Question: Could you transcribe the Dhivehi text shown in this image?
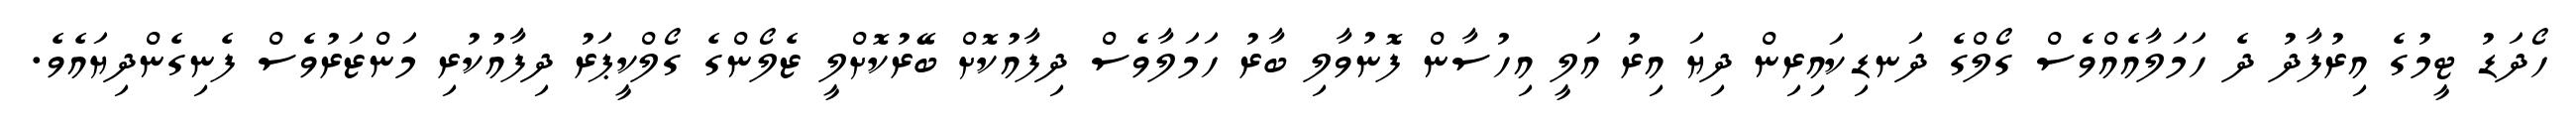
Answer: ހޯދަޑު ޓީމުގެ އިރުފާދު ދެ ހަމަލާއެއްވެސް ގޯލްގެ ދަނޑިކައިރިން ދިޔަ އިރު އަލީ އިހުސާން ފޮނުވާލި ބާރު ހަމަލާވެސް ދިފާއުކޮށް ބޭރުކޮށްލީ ޒެލޯންގެ ގޯލްކީޕަރު ދިފާއުކުރި މަންޒަރުވެސް ފެނިގެންދިޔައެވެ.